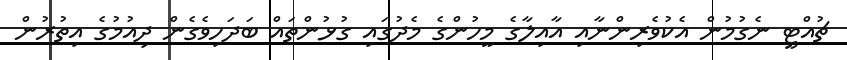
ޗުއްޓީ ނެގުމުން އެކުވެރިންނާއި އާއިލާގެ މީހުންގެ މެދުގައި ގުޅުންތައް ބަދަހިވެގެން ދިއުމުގެ އިތުރުން